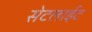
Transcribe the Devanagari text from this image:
सेटलाईट